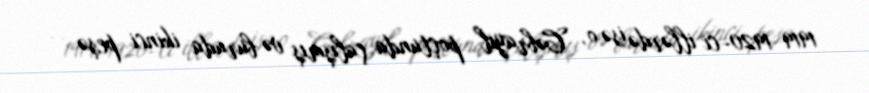
1919–1920-ci illərdə isə o, Cəbrayıl poçtunda çalışmış və burada ikinci peşə —